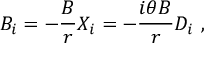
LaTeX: B _ { i } = - \frac { B } { r } X _ { i } = - \frac { i \theta B } { r } D _ { i } ~ , \nonumber